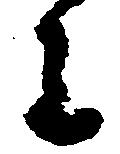
主